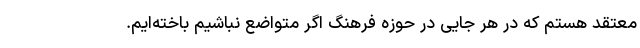
معتقد هستم که در هر جایی در حوزه فرهنگ اگر متواضع نباشیم باخته‌ایم.